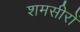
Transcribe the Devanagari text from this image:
शमसीरों